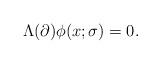
LaTeX: \begin{align*}\Lambda (\partial )\phi (x;\sigma )=0. \end{align*}